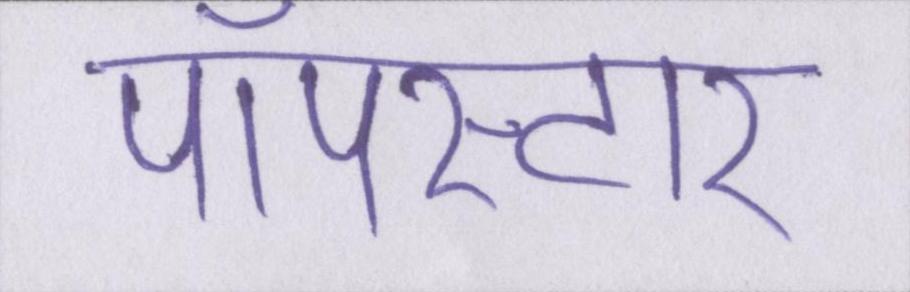
पॉपस्टार